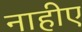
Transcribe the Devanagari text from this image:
नाहीए